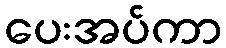
ပေးအပ်ကာ